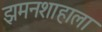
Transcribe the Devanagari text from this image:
झमनशाहाला